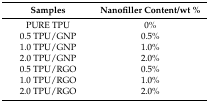
<table><thead><tr><td><b>Samples</b></td><td><b>Nanofiller Content/wt %</b></td></tr></thead><tbody><tr><td>PURE TPU</td><td>0%</td></tr><tr><td>0.5 TPU/GNP</td><td>0.5%</td></tr><tr><td>1.0 TPU/GNP</td><td>1.0%</td></tr><tr><td>2.0 TPU/GNP</td><td>2.0%</td></tr><tr><td>0.5 TPU/RGO</td><td>0.5%</td></tr><tr><td>1.0 TPU/RGO</td><td>1.0%</td></tr><tr><td>2.0 TPU/RGO</td><td>2.0%</td></tr></tbody></table>